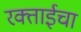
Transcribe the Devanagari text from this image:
रक्ताईचा